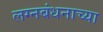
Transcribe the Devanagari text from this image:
लग्नबंधनाच्या